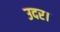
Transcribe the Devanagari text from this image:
उदर।